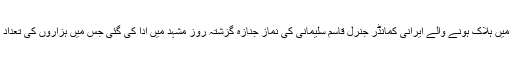
عراق میں امریکی حملے میں ہلاک ہونے والے ایرانی کمانڈر جنرل قاسم سلیمانی کی نماز جنازہ گزشتہ روز مشہد میں ادا کی گئی جس میں ہزاروں کی تعداد میں افراد نے شرکت کی۔